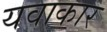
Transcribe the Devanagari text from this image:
यवाकार